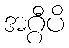
အဂ္ဂီပိ